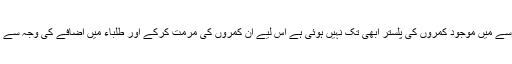
انھوں نے مزید کہا کہ مدرسے میں موجود کمروں کی پلستر ابھی تک نہیں ہوئی ہے اس لیے ان کمروں کی مرمت کرکے اور طلباء میں اضافے کی وجہ سے اضافی کمرے تعمیر کریں۔